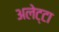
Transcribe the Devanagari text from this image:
अलेट्टा